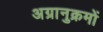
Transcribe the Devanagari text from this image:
अग्रानुक्रमों